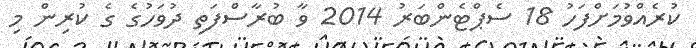
ކުރެއްވުމަށްފަހު 18 ސެޕްޓެންބަރު 2014 ވާ ބުރާސްފަތި ދުވަހުގެ ގެ ކުރިން މި